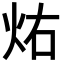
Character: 𪸚